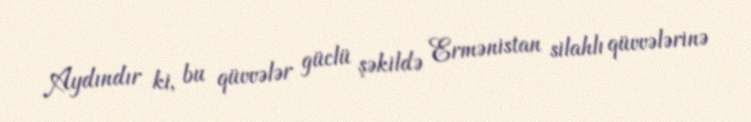
Aydındır ki, bu qüvvələr güclü şəkildə Ermənistan silahlı qüvvələrinə